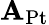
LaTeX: \mathbf{A}_{\mathrm{{{Pt}}}}